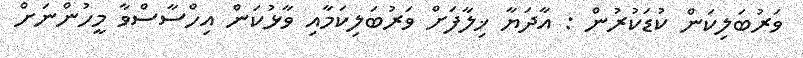
ވަރުބަލިކަން ކުޑަކުރުން : އާދަޔާ ޚިލާފަށް ވަރުބަލިކަމާއި ވާޅުކަން އިހްސާސްވާ މީހުންނަށް